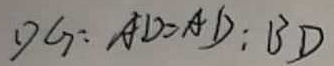
D G : A D = A D : B D